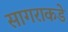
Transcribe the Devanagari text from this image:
सागराकडे